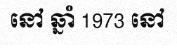
នៅ ឆ្នាំ 1973 នៅ